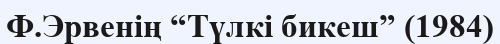
Ф.Эрвенің “Түлкі бикеш” (1984)